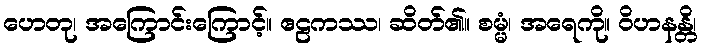
ဟေတု၊ အကြောင်းကြောင့်။ ဧဠကဿ၊ ဆိတ်၏။ စမ္မံ၊ အရေကို။ ဝိဟနန္တိ၊